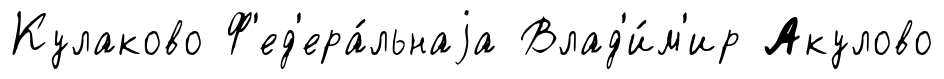
Кулаково Ф'ед'ера́льнаjа Влад'и́м'ир Акулово